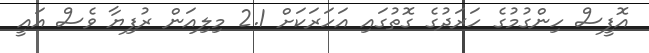
އޮފީސް ހިންގުމުގެ ހަރަދުގެ ގޮތުގައި އަހަރަކަށް 2.1 މިލިއަން ރުފިޔާ ވެސް އައީ